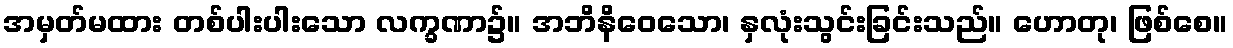
အမှတ်မထား တစ်ပါးပါးသော လက္ခဏာ၌။ အဘိနိဝေသော၊ နှလုံးသွင်းခြင်းသည်။ ဟောတု၊ ဖြစ်စေ။